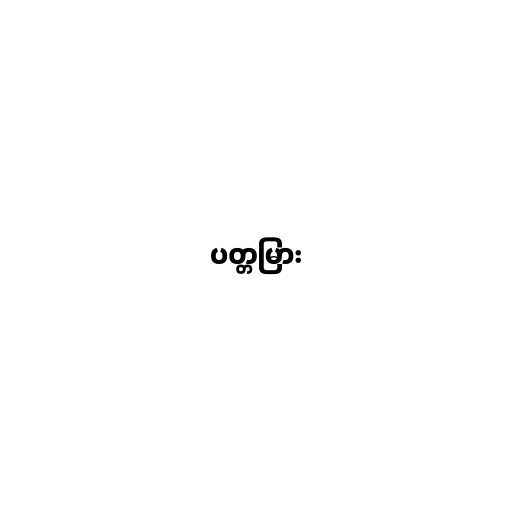
ပတ္တမြား